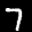
Label: 7